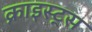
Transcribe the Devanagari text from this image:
क्राइस्ट्स